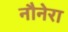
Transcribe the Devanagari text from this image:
नौनेरा